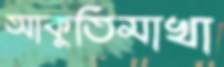
আকুতিমাখা